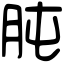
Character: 肫